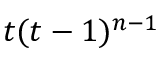
t ( t - 1 ) ^ { n - 1 }